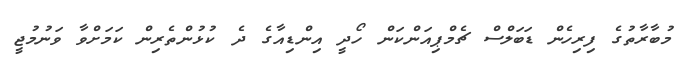
މުބާރާތުގެ ފިރިހެން ޑަބަލްސް ޗެމްޕިއަންކަން ހޯދީ އިންޑިއާގެ ދެ ކުޅުންތެރިން ކަމަށްވާ ވަނުމުޖީ